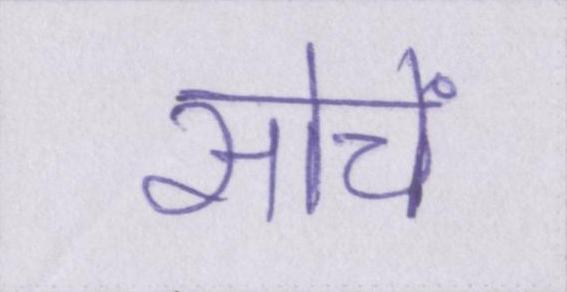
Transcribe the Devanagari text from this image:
सोचें